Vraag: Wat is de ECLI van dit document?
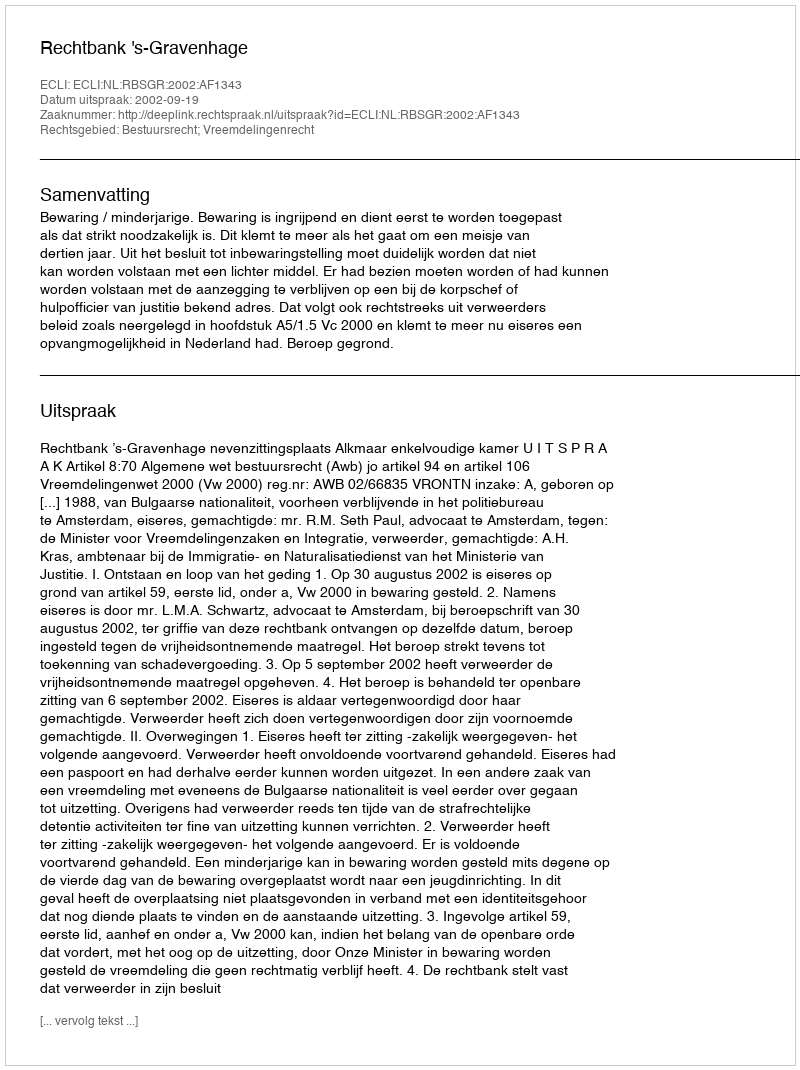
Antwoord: ECLI:NL:RBSGR:2002:AF1343